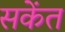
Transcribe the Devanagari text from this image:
सकेंत